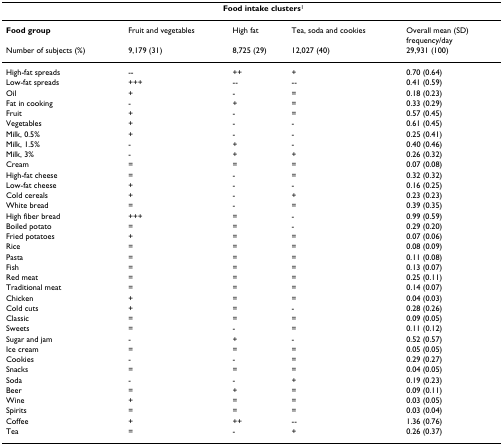
<table><thead><tr><td></td><td colspan="3"><b>Food intake clusters<sup>1</sup></b></td><td></td></tr></thead><tbody><tr><td><b>Food group</b></td><td>Fruit and vegetables</td><td>High fat</td><td>Tea, soda and cookies</td><td>Overall mean (SD)frequency/day</td></tr><tr><td>Number of subjects (%)</td><td>9,179 (31)</td><td>8,725 (29)</td><td>12,027 (40)</td><td>29,931 (100)</td></tr><tr><td>High-fat spreads</td><td>--</td><td>++</td><td>+</td><td>0.70 (0.64)</td></tr><tr><td>Low-fat spreads</td><td>+++</td><td>--</td><td>--</td><td>0.41 (0.59)</td></tr><tr><td>Oil</td><td>+</td><td>-</td><td>=</td><td>0.18 (0.23)</td></tr><tr><td>Fat in cooking</td><td>-</td><td>+</td><td>=</td><td>0.33 (0.29)</td></tr><tr><td>Fruit</td><td>+</td><td>-</td><td>=</td><td>0.57 (0.45)</td></tr><tr><td>Vegetables</td><td>+</td><td>-</td><td>-</td><td>0.61 (0.45)</td></tr><tr><td>Milk, 0.5%</td><td>+</td><td>-</td><td>-</td><td>0.25 (0.41)</td></tr><tr><td>Milk, 1.5%</td><td>-</td><td>+</td><td>-</td><td>0.40 (0.46)</td></tr><tr><td>Milk, 3%</td><td>-</td><td>+</td><td>+</td><td>0.26 (0.32)</td></tr><tr><td>Cream</td><td>=</td><td>=</td><td>=</td><td>0.07 (0.08)</td></tr><tr><td>High-fat cheese</td><td>=</td><td>-</td><td>=</td><td>0.32 (0.32)</td></tr><tr><td>Low-fat cheese</td><td>+</td><td>-</td><td>-</td><td>0.16 (0.25)</td></tr><tr><td>Cold cereals</td><td>+</td><td>-</td><td>+</td><td>0.23 (0.23)</td></tr><tr><td>White bread</td><td>=</td><td>-</td><td>=</td><td>0.39 (0.35)</td></tr><tr><td>High fiber bread</td><td>+++</td><td>=</td><td>-</td><td>0.99 (0.59)</td></tr><tr><td>Boiled potato</td><td>=</td><td>=</td><td>-</td><td>0.29 (0.20)</td></tr><tr><td>Fried potatoes</td><td>+</td><td>=</td><td>=</td><td>0.07 (0.06)</td></tr><tr><td>Rice</td><td>=</td><td>=</td><td>=</td><td>0.08 (0.09)</td></tr><tr><td>Pasta</td><td>=</td><td>=</td><td>=</td><td>0.11 (0.08)</td></tr><tr><td>Fish</td><td>=</td><td>=</td><td>=</td><td>0.13 (0.07)</td></tr><tr><td>Red meat</td><td>=</td><td>=</td><td>=</td><td>0.25 (0.11)</td></tr><tr><td>Traditional meat</td><td>=</td><td>=</td><td>=</td><td>0.14 (0.07)</td></tr><tr><td>Chicken</td><td>+</td><td>=</td><td>=</td><td>0.04 (0.03)</td></tr><tr><td>Cold cuts</td><td>+</td><td>=</td><td>-</td><td>0.28 (0.26)</td></tr><tr><td>Classic</td><td>=</td><td>=</td><td>=</td><td>0.09 (0.05)</td></tr><tr><td>Sweets</td><td>=</td><td>-</td><td>=</td><td>0.11 (0.12)</td></tr><tr><td>Sugar and jam</td><td>-</td><td>+</td><td>-</td><td>0.52 (0.57)</td></tr><tr><td>Ice cream</td><td>=</td><td>=</td><td>=</td><td>0.05 (0.05)</td></tr><tr><td>Cookies</td><td>-</td><td>-</td><td>=</td><td>0.29 (0.27)</td></tr><tr><td>Snacks</td><td>=</td><td>=</td><td>=</td><td>0.04 (0.05)</td></tr><tr><td>Soda</td><td>-</td><td>-</td><td>+</td><td>0.19 (0.23)</td></tr><tr><td>Beer</td><td>=</td><td>+</td><td>=</td><td>0.09 (0.11)</td></tr><tr><td>Wine</td><td>+</td><td>=</td><td>=</td><td>0.03 (0.05)</td></tr><tr><td>Spirits</td><td>=</td><td>=</td><td>=</td><td>0.03 (0.04)</td></tr><tr><td>Coffee</td><td>+</td><td>++</td><td>--</td><td>1.36 (0.76)</td></tr><tr><td>Tea</td><td>=</td><td>-</td><td>+</td><td>0.26 (0.37)</td></tr></tbody></table>